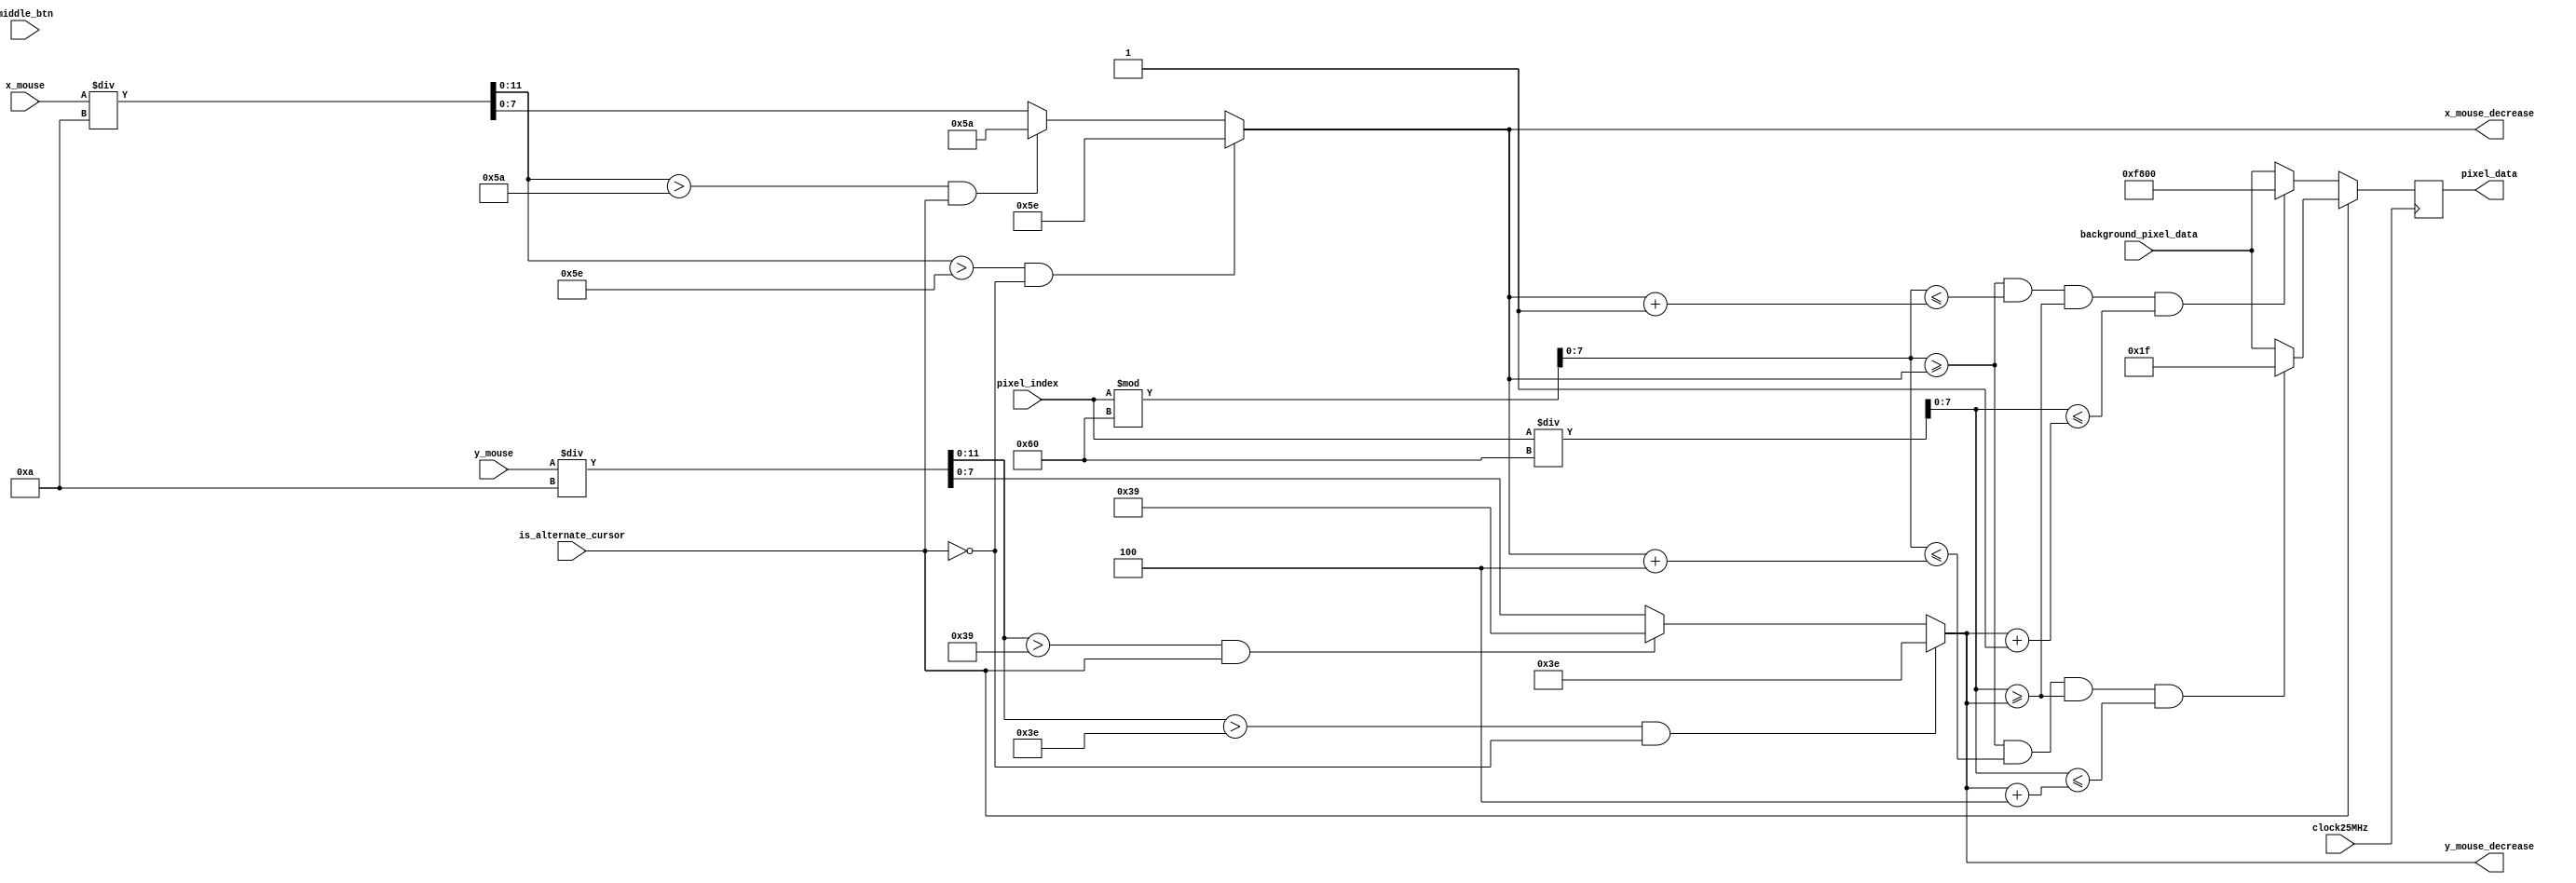
`timescale 1ns / 1ps

module computer_mouse_cursor(
    input middle_btn,
    input clock25MHz,
    input [12:0] pixel_index,
    input [11:0] x_mouse, 
    input [11:0] y_mouse,
    input is_alternate_cursor,
    input [15:0] background_pixel_data,
    output [7:0] x_mouse_decrease,
    output [7:0] y_mouse_decrease,
    output reg [15:0] pixel_data = 16'b0000_0000_0000_0000
    );   
    
    
        parameter red = 16'b11111_000000_00000;
        parameter green = 16'b00000_111111_00000;
        parameter blue = 16'b00000_000000_11111;
        parameter black = 16'b00000_000000_00000;
        parameter white = 16'b11111_111111_11111;
        
        parameter border_inner = 58;
        parameter border_outer = 60;
        
        parameter segA_top = 5;
        parameter segA_bottom = 11;
        parameter segA_left = 12;
        parameter segA_right = 46;
        
        parameter segB_top = 5;
        parameter segB_bottom = 32;
        parameter segB_left = 40;
        parameter segB_right = 46;
        
        parameter segC_top = 26;   
        parameter segC_bottom = 53;
        parameter segC_left = 40; 
        parameter segC_right = 46;
        
        parameter segD_top = 47;   
        parameter segD_bottom = 53;
        parameter segD_left = 12; 
        parameter segD_right = 46;
        
        parameter segE_top = 26;   
        parameter segE_bottom = 53;
        parameter segE_left = 12; 
        parameter segE_right = 18;
        
        parameter segF_top = 5;   
        parameter segF_bottom = 32;
        parameter segF_left = 12; 
        parameter segF_right = 18;
        
        parameter segG_top = 26;   
        parameter segG_bottom = 32;
        parameter segG_left = 12; 
        parameter segG_right = 46;
    
    wire [7:0] x, y;
    assign x = pixel_index % 96;
    assign y = pixel_index / 96;
    
    wire [11:0] x_mouse_copy, y_mouse_copy;
    assign x_mouse_copy = x_mouse / 10;
    assign y_mouse_copy = y_mouse / 10;
    
    assign x_mouse_decrease = (x_mouse_copy > 94 && !is_alternate_cursor)? 94 
                                    : (x_mouse_copy > 90 && is_alternate_cursor)? 90 
                                        : x_mouse_copy[7:0];                          
    assign y_mouse_decrease = (y_mouse_copy > 62 && !is_alternate_cursor)? 62 
                                    : (y_mouse_copy > 57 && is_alternate_cursor)? 57
                                        : y_mouse_copy[7:0];
  
  
  
    always @(posedge clock25MHz)
    begin
        if(!is_alternate_cursor) begin
        
            if( x >= x_mouse_decrease && x <=x_mouse_decrease+1 && y >= y_mouse_decrease && y <= y_mouse_decrease+1 ) begin
                pixel_data <= red;  
            end
            else begin
                pixel_data <= background_pixel_data;
            end
        end
        
        else begin
            if(x >= x_mouse_decrease && x <=x_mouse_decrease+4 && y >= y_mouse_decrease && y <= y_mouse_decrease+4 ) begin
                pixel_data <= blue;  
            end
        
            else begin
                pixel_data <= background_pixel_data;
            end
        end
    end
   
endmodule